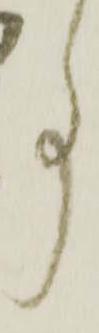
事